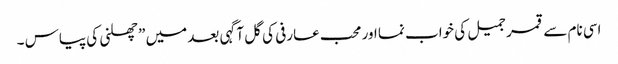
اسی نام سے قمر جمیل کی خواب نما اور محب عارفی کی گل آگہی بعد میں ” چھلنی کی پیاس ۔